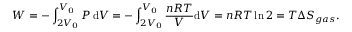
W = - \int _ { 2 V _ { 0 } } ^ { V _ { 0 } } P \, \mathrm { d } V = - \int _ { 2 V _ { 0 } } ^ { V _ { 0 } } { \frac { n R T } { V } } \mathrm { d } V = n R T \ln 2 = T \Delta S _ { g a s } .